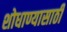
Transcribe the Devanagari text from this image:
शोधाण्यासाठी